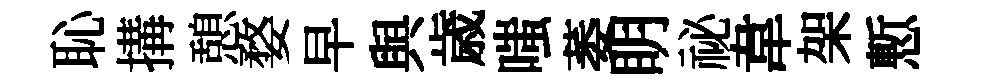
恥搆憩婺早與歳嗤萎眀祕韋架慙